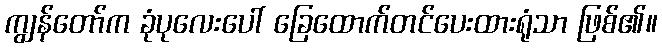
ကျွန်တော်က ခုံပုလေးပေါ် ခြေထောက်တင်ပေးထားရုံသာ ဖြစ်၏။